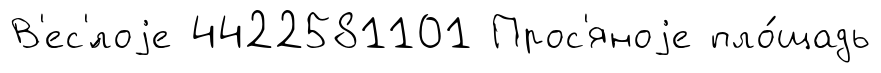
В'ес'́лоjе 4422581101 Прос'яноjе пло́щадь